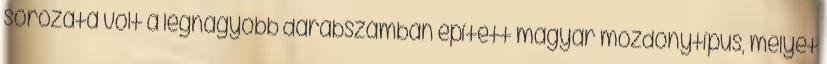
sorozata volt a legnagyobb darabszámban épített magyar mozdonytípus, melyet